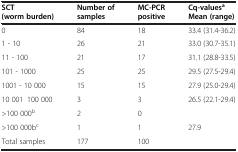
| SCT (worm burden) | Number of samples | MC-PCR positive | Cq-valuesaMean (range) |
 | --- | --- | --- | --- |
 | 0 | 84 | 18 | 33.4 (31.4-36.2) |
 | 1 - 10 | 26 | 21 | 33.0 (30.7-35.1) |
 | 11 - 100 | 21 | 17 | 31.1 (28.8-33.5) |
 | 101 - 1000 | 25 | 25 | 29.5 (27.5-29.4) |
 | 1001 - 10 000 | 15 | 15 | 27.9 (25.0-29.4) |
 | 10 001–100 000 | 3 | 3 | 26.5 (22.1-29.4) |
 | >100 000b | 2 | 0 |  |
 | >100 000bc | 1 | 1 | 27.9 |
 | Total samples | 177 | 100 |  |